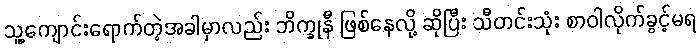
သူ့ကျောင်းရောက်တဲ့အခါမှာလည်း ဘိက္ခုနီ ဖြစ်နေလို့ ဆိုပြီး သီတင်းသုံး စာဝါလိုက်ခွင့်မရ